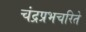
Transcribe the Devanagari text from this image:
चंद्रप्रभचरिते